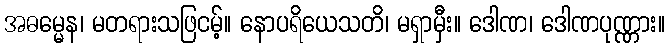
အဓမ္မေန၊ မတရားသဖြငမ့်။ နောပရိယေသတိ၊ မရှာမှီး။ ဒေါဏ၊ ဒေါဏပုဏ္ဏား။